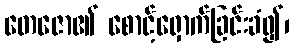
တေဇော၏ စောင့်ရှောက်ခြင်းခံ၍၊